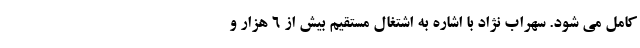
کامل می شود. سهراب نژاد با اشاره به اشتغال مستقیم بیش از ۶ هزار و